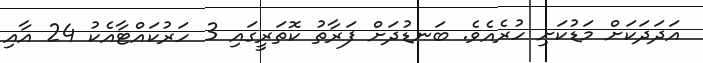
އަދަދަކަށް މަޑުކަށި ހުރެއެވެ. ބަނޑުދަށް ފަރާތު ކޮތަރީގައި 3 ހަރުކައްޓާއެކު 24 އާއި